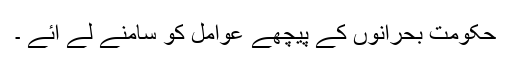
حکومت بحرانوں کے پیچھے عوامل کو سامنے لے آئے ۔